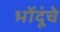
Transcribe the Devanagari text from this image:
भोंदूंचे